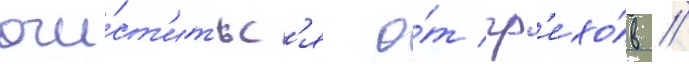
очи́ст'итьс'я о́т гр'ехо́в //